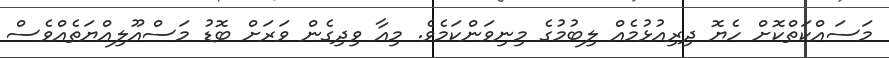
މަސައްކަތްކޮށް ހެޔޮ ދިރިއުޅުމެއް ލިބުމުގެ މިނިވަންކަމެވެ. މިއާ ވިދިގެން ވަރަށް ބޮޑު މަސްއޫލިއްޔަތެއްވެސް